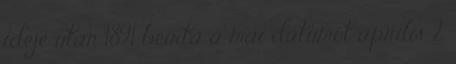
ideje után 1891 beírta a mai dátumot április 2.